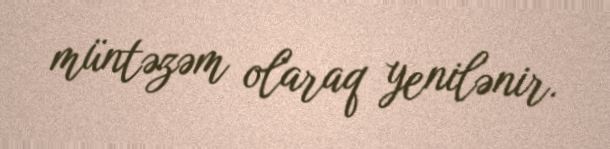
müntəzəm olaraq yenilənir.